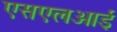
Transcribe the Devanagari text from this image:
एसएलआई